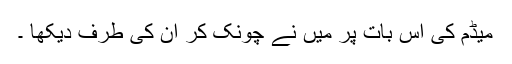
میڈم کی اس بات پر میں نے چونک کر ان کی طرف دیکھا ۔